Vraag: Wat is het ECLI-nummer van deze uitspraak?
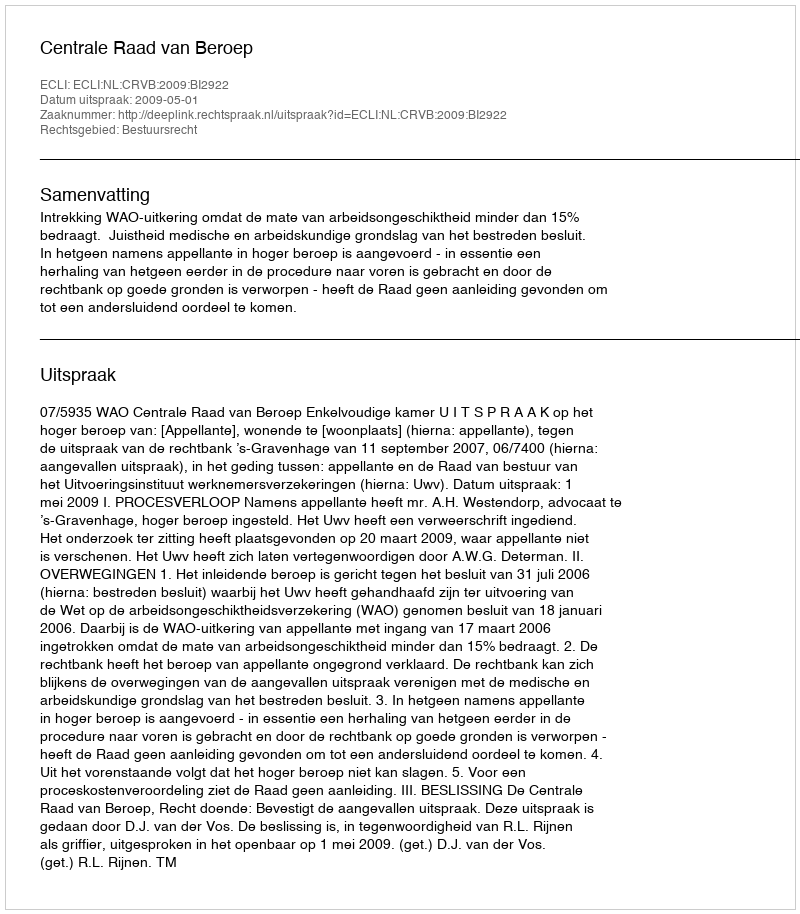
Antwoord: ECLI:NL:CRVB:2009:BI2922